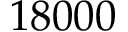
1 8 0 0 0